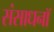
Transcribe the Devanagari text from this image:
संसाधनॉ